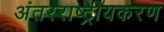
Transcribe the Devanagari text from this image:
अंतरराष्ट्रीयकरण